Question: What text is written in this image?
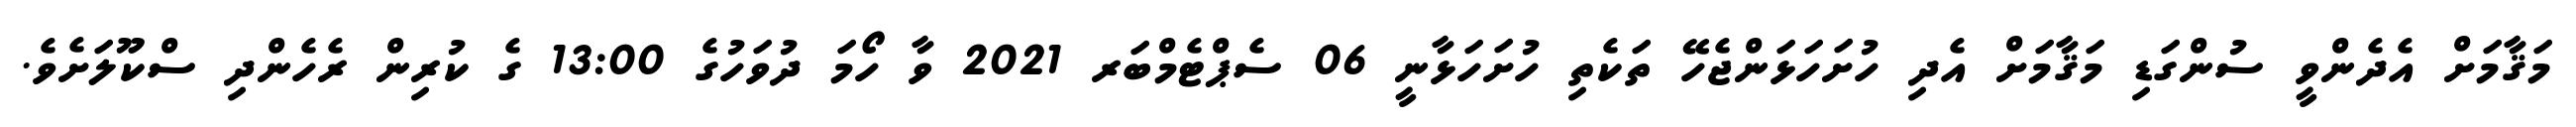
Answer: މަޤާމަށް އެދެންވީ ސުންގަޑި މަޤާމަށް އެދި ހުށަހަޅަންޖެހޭ ތަކެތި ހުށަހަޅާނީ 06 ސެޕްޓެމްބަރ 2021 ވާ ހޯމަ ދުވަހުގެ 13:00 ގެ ކުރިން ރެހެންދި ސްކޫލަށެވެ.